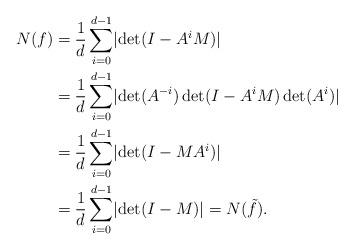
LaTeX: \begin{align*} N(f)&=\frac{1}{d}\sum_{i=0}^{d-1} \lvert\det(I-A^i M)\rvert\\ &=\frac{1}{d}\sum_{i=0}^{d-1} \lvert \det(A^{-i})\det(I-A^i M)\det(A^i)\rvert\\ &=\frac{1}{d}\sum_{i=0}^{d-1} \lvert \det(I- MA^i)\rvert\\ &=\frac{1}{d}\sum_{i=0}^{d-1} \lvert \det(I- M)\rvert =N(\tilde f).\end{align*}